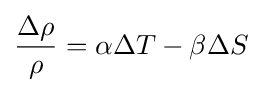
{\frac {\Delta \rho }{\rho }}=\alpha \Delta T-\beta \Delta S